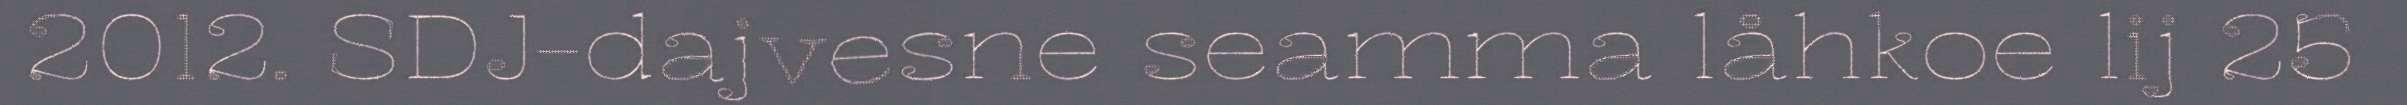
2012. SDJ-dajvesne seamma låhkoe lij 25